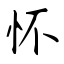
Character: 怀